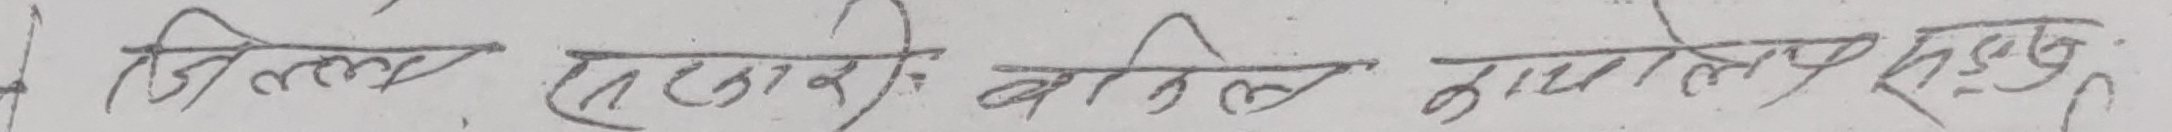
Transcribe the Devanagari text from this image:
जिल्ला सरसडी बलिल कालेज रघुनाथ